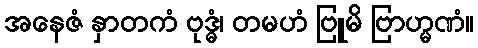
အနေဇံ နှာတကံ ဗုဒ္ဓံ၊ တမဟံ ဗြူမိ ဗြာဟ္မဏံ။